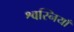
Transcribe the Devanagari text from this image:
श्वस्नियाँ